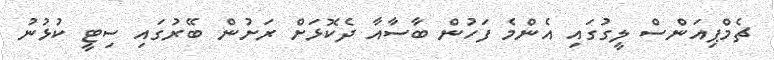
ޗެމްޕިއަންސް ލީގުގައި އެންމެ ފަހުން ބާސާއާ ދެކޮޅަށް ރަށުން ބޭރުގައި ސިޓީ ކުޅުނު